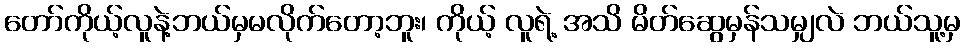
တော်ကိုယ့်လူနဲ့ဘယ်မှမလိုက်တော့ဘူး၊ ကိုယ့် လူရဲ့ အသိ မိတ်ဆွေမှန်သမျှလဲ ဘယ်သူ့မှ